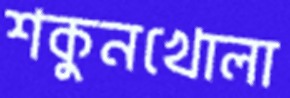
শকুনখোলা